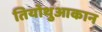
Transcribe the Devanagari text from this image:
तियोथुआकान